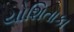
યોશિતાકા